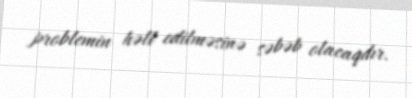
problemin həll edilməsinə səbəb olacaqdır.